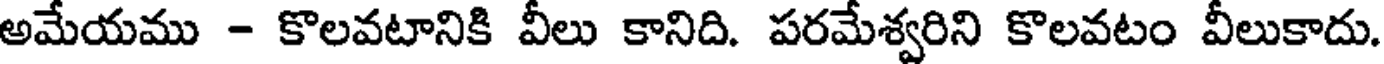
అమేయము - కొలవటానికి వీలు కానిది. పరమేశ్వరిని కొలవటం వీలుకాదు.